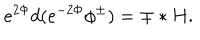
e ^ { 2 \Phi } d ( e ^ { - 2 \Phi } \phi ^ { \pm } ) = \mp * H .